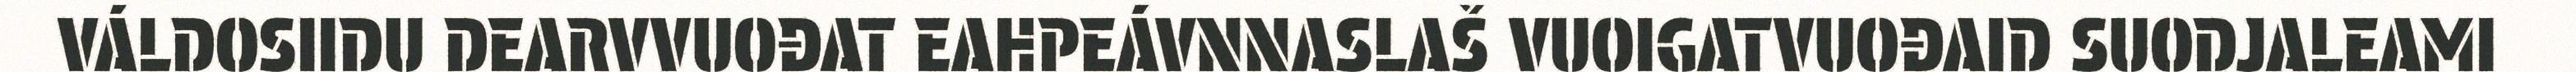
VÁLDOSIIDU DEARVVUOĐAT EAHPEÁVNNASLAŠ VUOIGATVUOĐAID SUODJALEAMI